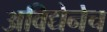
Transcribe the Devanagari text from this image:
अविद्येनेच